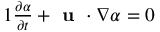
\begin{array} { r } { { 1 } \frac { \partial \alpha } { \partial t } + \textbf { u } \cdot \nabla \alpha = 0 } \end{array}